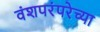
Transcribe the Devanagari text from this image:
वंशपरंपरेच्या